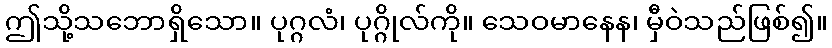
ဤသို့သဘောရှိသော။ ပုဂ္ဂလံ၊ ပုဂ္ဂိုလ်ကို။ သေဝမာနေန၊ မှီဝဲသည်ဖြစ်၍။